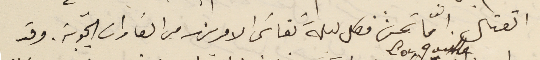
القتال. امّا نحن فكل ليلة نقاسَى الامرين من الغارات الجويّة. وقد